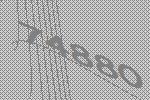
74880